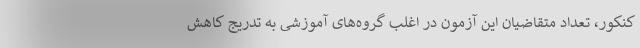
کنکور، تعداد متقاضیان این آزمون در اغلب گروه‌های آموزشی به تدریج کاهش